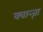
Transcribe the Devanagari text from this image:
क्वान्ज़ा